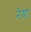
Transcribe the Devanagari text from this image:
नेग्रा